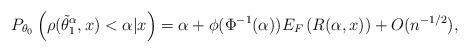
LaTeX: \begin{align*}P_{\theta_0} \left( \rho(\tilde{\theta}_{1}^\alpha, x ) < \alpha |x \right) = \alpha + \phi(\Phi^{-1}(\alpha))E_{F} \left(R(\alpha, x)\right) + O(n^{-1/2}), \end{align*}